Applicability to medico-legal practice in India of the biochemical tests for the origin of blood-stains - Number 39
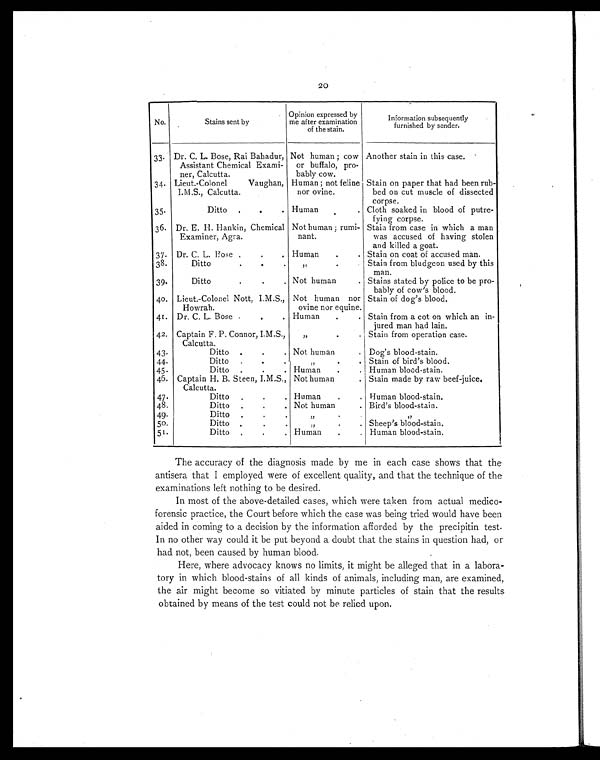
20
No.
Stains sent by
Opinion expressed by
me after examination
of the stain.
Information subsequently
furnished by sender.
33. Dr. C. L. Bose, Rai Bahadur,
Assistant Chemical Exami-
ner, Calcutta.
Not human ; cow
or buffalo, pro-
bably cow.
Another stain in this case.
34. Lieut.-Colonel Vaughan,
I.M.S., Calcutta.
Human ; not feline
nor ovine.
Stain on paper that had been rub-
bed on cut muscle of dissected
corpse.
35.
Ditto
. .
. Human
.
. Cloth soaked in blood of putre-
fying corpse.
36. Dr. E. H. Hankin, Chemical
Examiner, Agra.
Not human ; rumi-
nant.
Stain from case in which a man
was accused of having stolen
and killed a goat.
37. Dr. C. L. Bose .
.
. Human
.
. Stain on coat of accused man.
38.
Ditto
.
.
. „
.
. Stain from bludgeon used by this
man.
39.
D i t t o
.
.
. Not human
. Stains stated by police to be pro-
bably of cow's blood.
40. Lieut.-Colonel Nott, I.M.S.,
Howrah.
Not human nor
ovine nor equine.
Stain of dog's blood.
41. Dr. C. L. Bose .
.
. Human
.
. Stain from a cot on which an in-
jured man had lain.
42. Captain F. P. Connor, I.M.S.,
Calcutta.
„
.
. Stain from operation case.
43.
Ditto
.
.
. Not human
. Dog's blood-stain.
44.
Ditto
.
.
.
„
.
. Stain of bird's blood.
45.
Ditto
.
.
. Human
.
. Human blood-stain.
46. Captain H. B. Steen, I.M.S.,
Calcutta.
Not human
. Stain made by raw beef-juice.
47.
Ditto
.
.
. Human
.
. Human blood-stain.
48.
Ditto
.
.
. Not human
. Bird's blood-stain.
49.
Ditto
.
.
. „
.
.
„
50.
Ditto
.
.
.
„
.
. Sheep's blood-stain.
51.
Ditto
.
.
. Human
.
. Human blood-stain.
The accuracy of the diagnosis made by me in each case shows that the
antisera that I employed were of excellent quality, and that the technique of the
examinations left nothing to be desired.
In most of the above-detailed cases, which were taken from actual medico-
forensic practice, the Court before which the case was being tried would have been
aided in coming to a decision by the information afforded by the precipitin test.
In no other way could it be put beyond a doubt that the stains in question had, or
had not, been caused by human blood.
Here, where advocacy knows no limits, it might be alleged that in a labora-
tory in which blood-stains of all kinds of animals, including man, are examined,
the air might become so vitiated by minute particles of stain that the results
obtained by means of the test could not be relied upon.